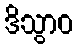
ဒိသွာဝ